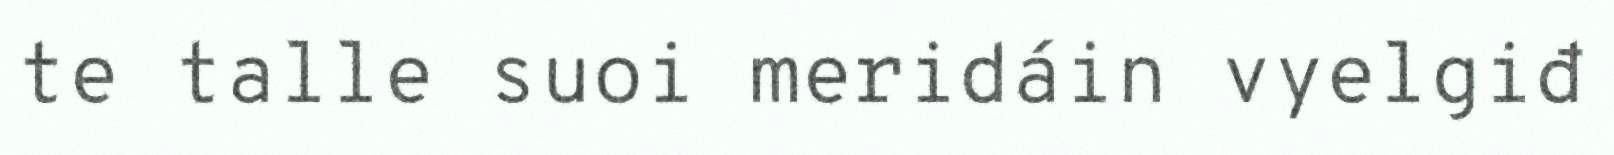
te talle suoi meridáin vyelgiđ